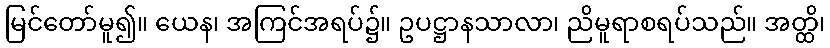
မြင်တော်မူ၍။ ယေန၊ အကြင်အရပ်၌။ ဥပဋ္ဌာနသာလာ၊ ညိမူရာစရပ်သည်။ အတ္ထိ၊